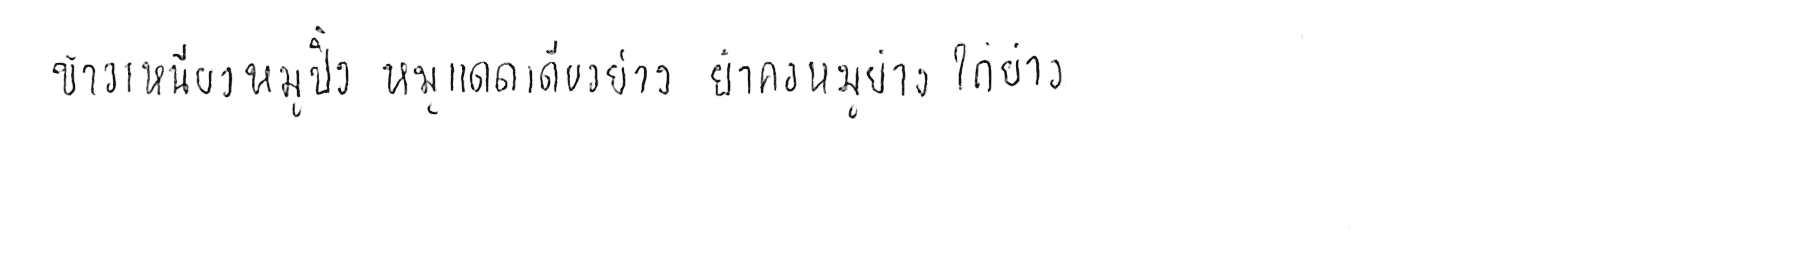
ข้าวเหนียวหมูปิ้ง หมูแดดเดียวย่าง ยำคอหมูย่าง ไก่ย่าง